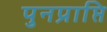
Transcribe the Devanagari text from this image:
पुनप्राप्ति